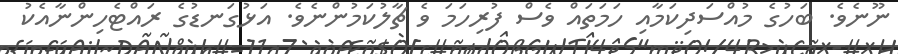
ނޫނެވެ. ބަހުގެ މުއްސަދިކަމާއި ހަމަތައް ވެސް ފުރިހަމަ ވެ ޗާލުކަމުންނެވެ. އަޅުގަނޑުގެ ރައްޓެހިންނާއެކު